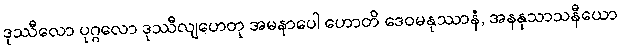
ဒုဿီလော ပုဂ္ဂလော ဒုဿီလျဟေတု အမနာပေါ ဟောတိ ဒေဝမနုဿာနံ, အနနုသာသနီယော